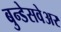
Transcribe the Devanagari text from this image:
बुन्डेसवेअर